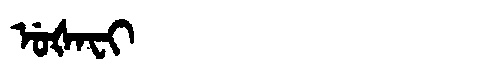
Manchu: ᡠᡧᠠᠸᡳ
Romanization: UŠAFI